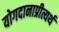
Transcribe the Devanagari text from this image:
योगदानाप्रीत्यर्थ